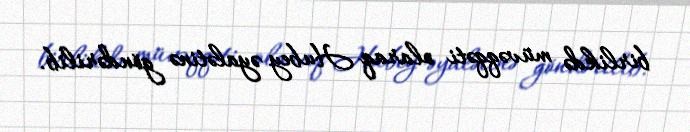
birlikdə müvəqqəti olaraq Hubey əyalətinə göndərilib.